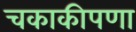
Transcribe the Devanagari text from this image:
चकाकीपणा